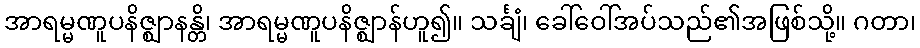
အာရမ္မဏူပနိဇ္ဈာနန္တိ၊ အာရမ္မဏူပနိဇ္ဈာန်ဟူ၍။ သင်္ချံ၊ ခေါ်ဝေါ်အပ်သည်၏အဖြစ်သို့။ ဂတာ၊